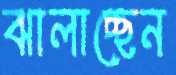
ঝালাচ্ছেন